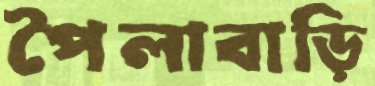
পৈলাবাড়ি